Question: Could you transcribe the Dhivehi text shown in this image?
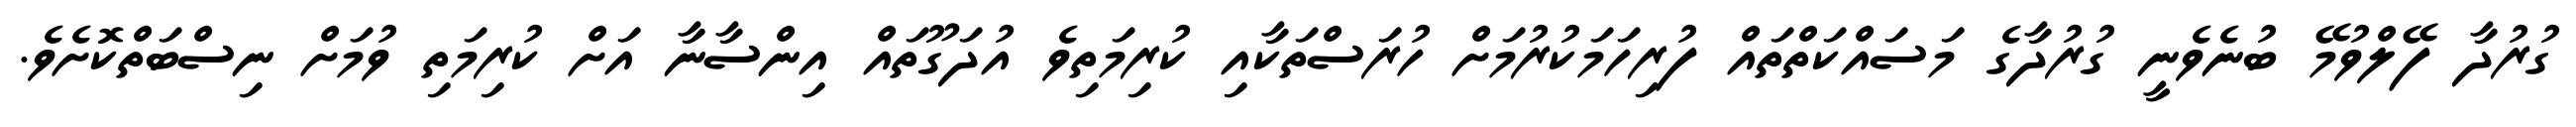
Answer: ގުރުދާ ފޭލްވުމޭ ބުނެވެނީ ގުރުދާގެ މަސައްކަތްތައް ފުރިހަމަކުރުމަށް ހުރަސްތަކާއި ކުރިމަތިވެ އުދަގޫތައް އިންސާނާ އަށް ކުރިމަތި ވުމަށް ނިސްބަތްކޮށެވެ.